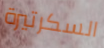
السكرتيرة